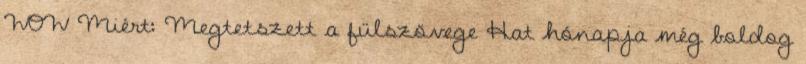
WOW Miért: Megtetszett a fülszövege Hat hónapja még boldog